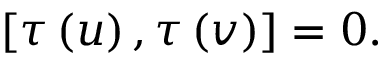
[ \tau \left( u \right) , \tau \left( v \right) ] = 0 .